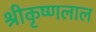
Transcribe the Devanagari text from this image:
श्रीकृष्णलाल